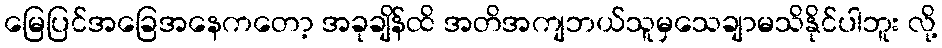
မြေပြင်အခြေအနေကတော့ အခုချိန်ထိ အတိအကျဘယ်သူမှသေချာမသိနိုင်ပါဘူး လို့